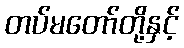
တပ်မတော်တို့နှင့်